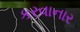
કરવાનાર